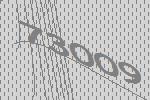
73009